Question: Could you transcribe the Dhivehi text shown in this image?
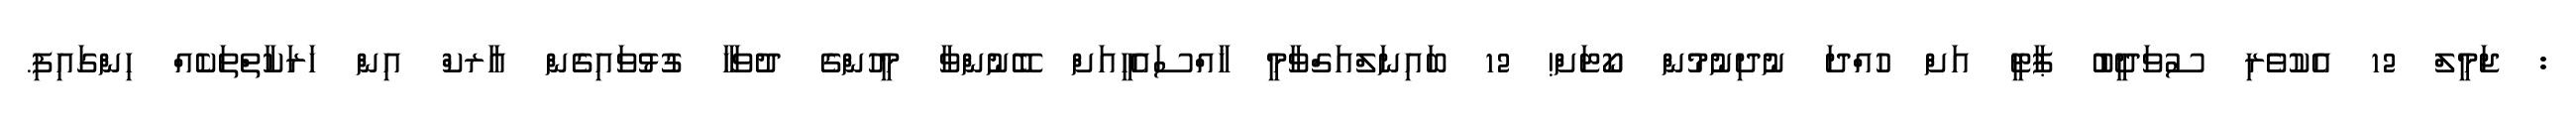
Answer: : ޖަމީލް 12 އެކުވެރި ސުވަދީބު ޕާޓީ އަށް ހުއްދަ ނުދިނުމުން ކޯޓަށް! 12 ބައިނަލްއަގްވާމީ ޚާއްސައެހީއަށް ބޭނުންވާ މީހުންގެ ދުވަހާ ގުޅުވައިގެން އާރކް އިން ހަރަކާތްތަކެއް ހިންގައިފި.